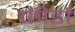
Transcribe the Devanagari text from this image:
फीडों